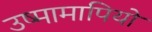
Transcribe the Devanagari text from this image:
उष्मामापियों